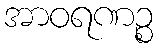
အာဝရဏဉ္စ